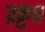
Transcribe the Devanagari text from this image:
प्रक्रुध